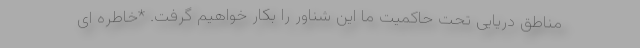
مناطق دریایی تحت حاکمیت ما این شناور را بکار خواهیم گرفت. *خاطره ای